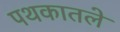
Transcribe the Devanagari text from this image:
पथकातले